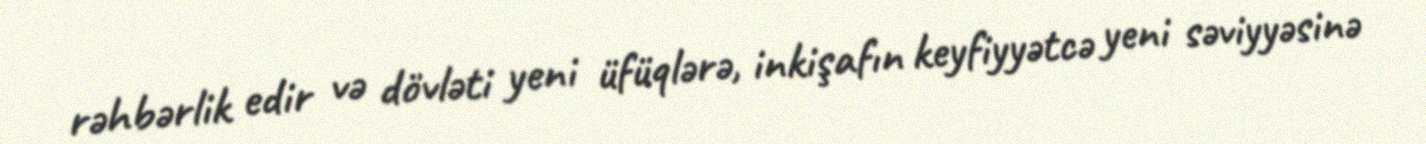
rəhbərlik edir və dövləti yeni üfüqlərə, inkişafın keyfiyyətcə yeni səviyyəsinə